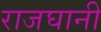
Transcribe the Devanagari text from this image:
राजघानी